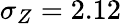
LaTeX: \sigma_{Z}=2.12